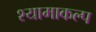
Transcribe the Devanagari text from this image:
श्यामाकल्प